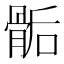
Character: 骺